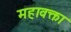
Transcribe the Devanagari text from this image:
महावक्ता